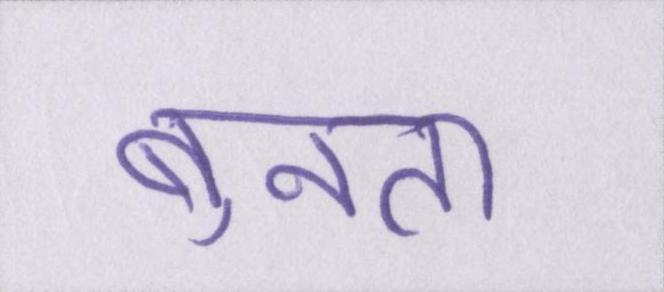
बुनता